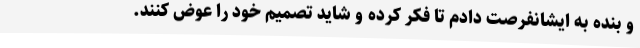
و بنده به ایشانفرصت دادم تا فکر کرده و شاید تصمیم خود را عوض کنند.